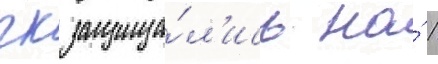
гк защища́л'ись на́ 1